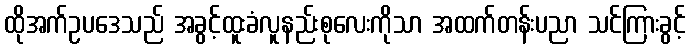
ထိုအက်ဥပဒေသည် အခွင့်ထူးခံလူနည်းစုလေးကိုသာ အထက်တန်းပညာ သင်ကြားခွင့်